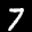
Label: 7